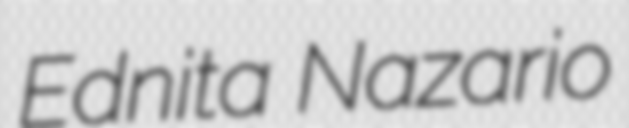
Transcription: Ednita Nazario